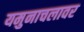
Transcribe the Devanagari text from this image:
यमुनाचलावर